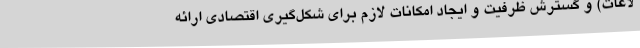
لاعات) و گسترش ظرفیت و ایجاد امکانات لازم برای شکل‌گیری اقتصادی ارائه